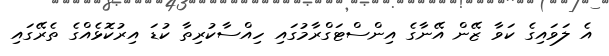
އެ ލަވައިގެ ކަވާ ޒޭން އޭނާގެ އިންސްޓަގްރާމުގައި ހިއްސާކުރިތާ ކުޑަ އިރުކޮޅެއްގެ ތެރޭގައި